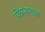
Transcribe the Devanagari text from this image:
पिठासारख्या